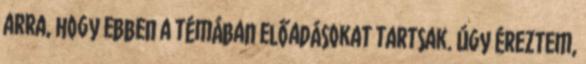
arra, hogy ebben a témában előadásokat tartsak. Úgy éreztem,